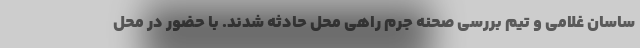
ساسان غلامی و تیم بررسی صحنه جرم راهی محل حادثه شدند. با حضور در محل